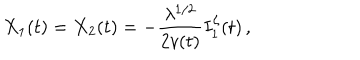
X _ { 1 } ( t ) = X _ { 2 } ( t ) = - \frac { \lambda ^ { 1 / 2 } } { 2 v ( t ) } I _ { 1 } ^ { \zeta } ( t ) \, ,